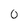
Character: O